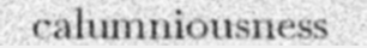
calumniousness